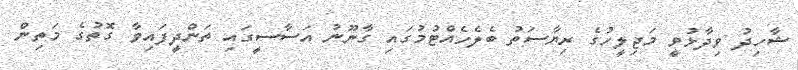
ޝާހިދު ވިދާޅުވީ މަޖިލީހުގެ ރިޔާސަތު ބެލެހެއްޓުމުގައި ގާނޫނު އަސާސީގައި ތަންދީފައިވާ ގޮތުގެ މަތިން